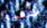
مفعمة